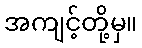
အကျင့်တို့မှ။